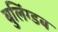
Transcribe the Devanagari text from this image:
बुलिंग्डब